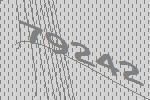
79242